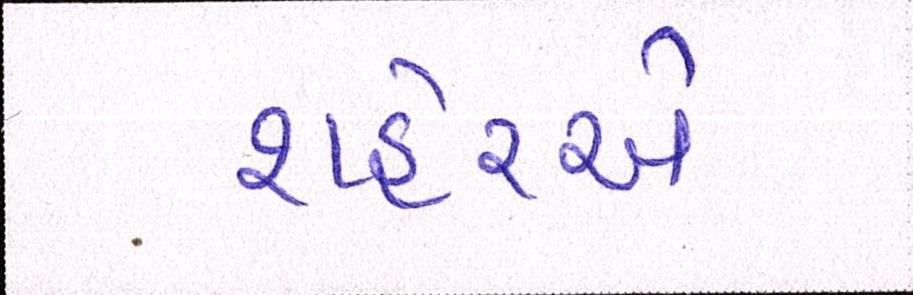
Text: શહેરએ